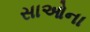
સાઓના